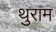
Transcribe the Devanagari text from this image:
थुराम